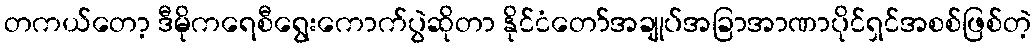
တကယ်တော့ ဒီမိုကရေစီရွေးကောက်ပွဲဆိုတာ နိုင်ငံတော်အချုပ်အခြာအာဏာပိုင်ရှင်အစစ်ဖြစ်တဲ့